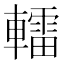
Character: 𨎿